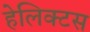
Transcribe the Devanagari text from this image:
हेलिक्टस